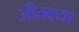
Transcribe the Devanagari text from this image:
अीतक्या